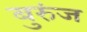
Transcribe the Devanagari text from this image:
बुरुंज